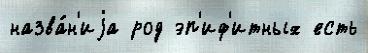
назва́н'иjа род эп'иф'итных есть